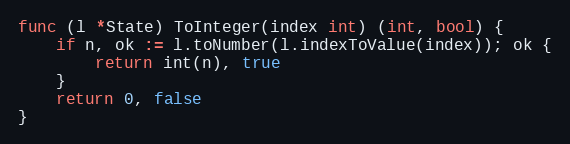
Language: Go
func (l *State) ToInteger(index int) (int, bool) {
	if n, ok := l.toNumber(l.indexToValue(index)); ok {
		return int(n), true
	}
	return 0, false
}